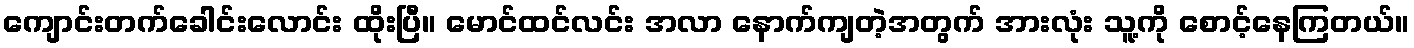
ကျောင်းတက်ခေါင်းလောင်း ထိုးပြီ။ မောင်ထင်လင်း အလာ နောက်ကျတဲ့အတွက် အားလုံး သူ့ကို စောင့်နေကြတယ်။